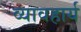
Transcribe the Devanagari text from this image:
व्यावहार्य